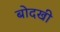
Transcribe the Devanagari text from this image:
बोदखी